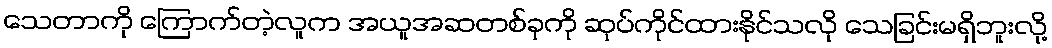
သေတာကို ကြောက်တဲ့လူက အယူအဆတစ်ခုကို ဆုပ်ကိုင်ထားနိုင်သလို သေခြင်းမရှိဘူးလို့